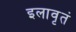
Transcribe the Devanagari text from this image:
इलावृतं